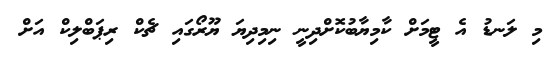
މި ލަނޑު އެ ޓީމަށް ކާމިޔާބުކޮށްދިނީ ނިމިދިޔަ ޔޫރޯގައި ޗެކް ރިޕަބްލިކް އަށް